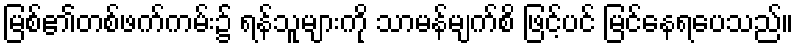
မြစ်၏တစ်ဖက်ကမ်း၌ ရန်သူများကို သာမန်မျက်စိ ဖြင့်ပင် မြင်နေရပေသည်။